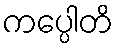
ကပ္ပေါတိ